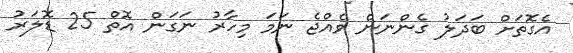
އެގޮތަށް ބަދަލު ގެންނަން ވެއްޖެ ނަމަ މިހާރު ނަގަން އޮތް 25 ޑޮލަރު